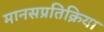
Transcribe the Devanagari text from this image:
मानसप्रतिक्रिया